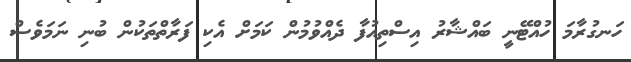
ހަނގުރާމަ ހުއްޓޭނީ ބައްޝާރު އިސްތިއުފާ ދެއްވުމުން ކަމަށް އެކި ފަރާތްތަކުން ބުނި ނަމަވެސް